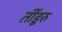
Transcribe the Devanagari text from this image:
तॊंडूरु